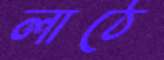
লাঠে